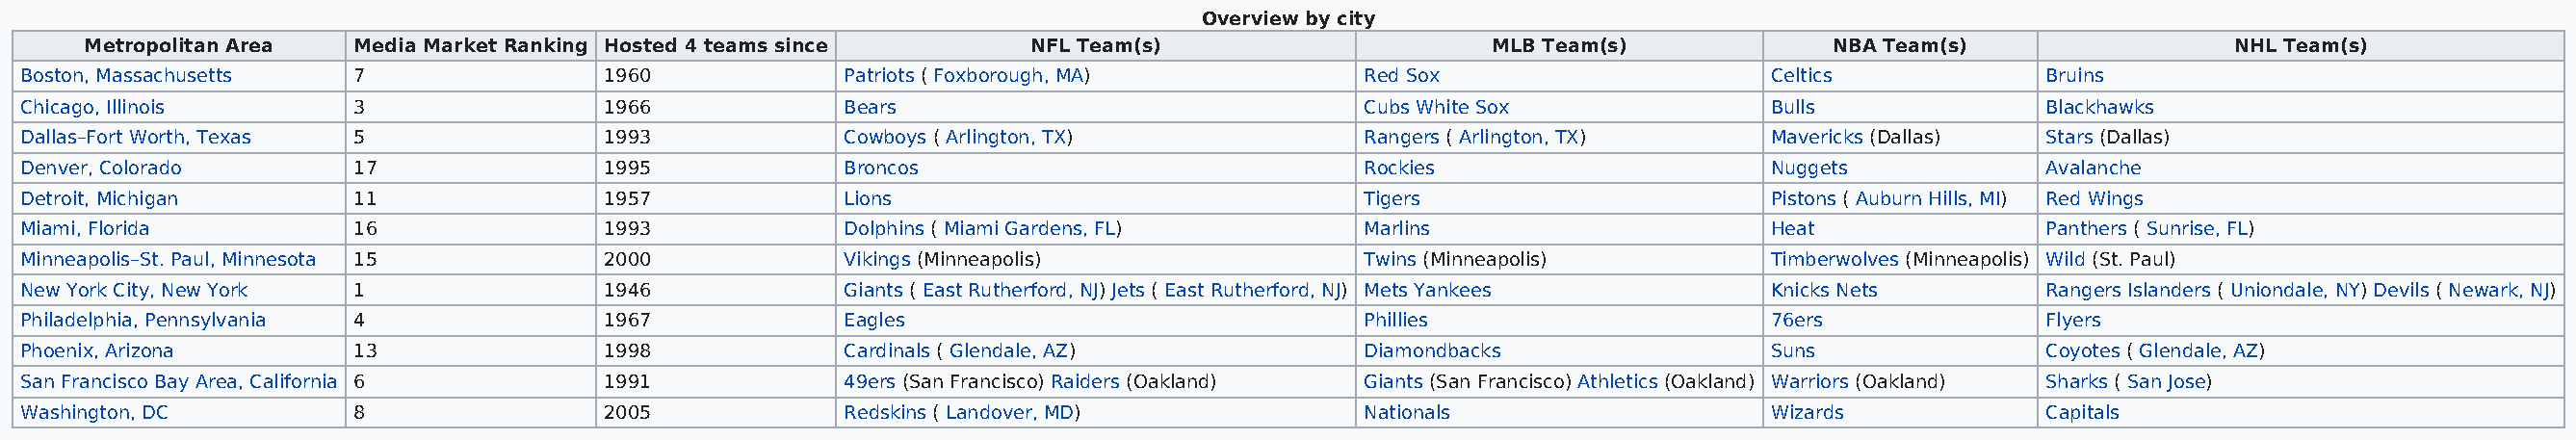
Overview by city
 Metropolitan Area Media Market Ranking Hosted 4 teams since      NFL Team(s)                     MLB Team(s)            NBA Team(s)                 NHL Team(s)
 Boston, Massachusetts  7                 1960            Patriots ( Foxborough, MA)          Red Sox                     Celtics            Bruins
 Chicago, Illinois      3                 1966            Bears                               Cubs White Sox              Bulls              Blackhawks
 Dallas–Fort Worth, Texas 5               1993            Cowboys ( Arlington, TX)            Rangers ( Arlington, TX)    Mavericks (Dallas) Stars (Dallas)
 Denver, Colorado       17                1995            Broncos                             Rockies                     Nuggets            Avalanche
 Detroit, Michigan      11                1957            Lions                               Tigers                      Pistons ( Auburn Hills, MI) Red Wings
 Miami, Florida         16                1993            Dolphins ( Miami Gardens, FL)       Marlins                     Heat               Panthers ( Sunrise, FL)
 Minneapolis–St. Paul, Minnesota 15       2000            Vikings (Minneapolis)               Twins (Minneapolis)         Timberwolves (Minneapolis) Wild (St. Paul)
 New York City, New York 1                1946            Giants ( East Rutherford, NJ) Jets ( East Rutherford, NJ) Mets Yankees Knicks Nets Rangers Islanders ( Uniondale, NY) Devils ( Newark, NJ)
 Philadelphia, Pennsylvania 4             1967            Eagles                              Phillies                    76ers              Flyers
 Phoenix, Arizona       13                1998            Cardinals ( Glendale, AZ)           Diamondbacks                Suns               Coyotes ( Glendale, AZ)
 San Francisco Bay Area, California 6     1991            49ers (San Francisco) Raiders (Oakland) Giants (San Francisco) Athletics (Oakland) Warriors (Oakland) Sharks ( San Jose)
 Washington, DC         8                 2005            Redskins ( Landover, MD)            Nationals                   Wizards            Capitals